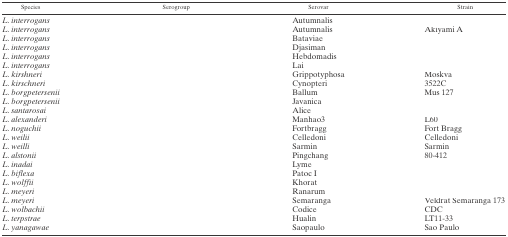
<table><thead><tr><td><b>Species</b></td><td><b>Serogroup</b></td><td><b>Serovar</b></td><td><b>Strain</b></td></tr></thead><tbody><tr><td><i>L. interrogans</i></td><td>[EMPTY_CELL]</td><td>Autumnalis</td><td>[EMPTY_CELL]</td></tr><tr><td><i>L. interrogans</i></td><td>[EMPTY_CELL]</td><td>Autumnalis</td><td>Akiyami A</td></tr><tr><td><i>L. interrogans</i></td><td>[EMPTY_CELL]</td><td>Bataviae</td><td>[EMPTY_CELL]</td></tr><tr><td><i>L. interrogans</i></td><td>[EMPTY_CELL]</td><td>Djasiman</td><td>[EMPTY_CELL]</td></tr><tr><td><i>L. interrogans</i></td><td>[EMPTY_CELL]</td><td>Hebdomadis</td><td>[EMPTY_CELL]</td></tr><tr><td><i>L. interrogans</i></td><td>[EMPTY_CELL]</td><td>Lai</td><td>[EMPTY_CELL]</td></tr><tr><td><i>L. kirshneri</i></td><td>[EMPTY_CELL]</td><td>Grippotyphosa</td><td>Moskva</td></tr><tr><td><i>L. kirschneri</i></td><td>[EMPTY_CELL]</td><td>Cynopteri</td><td>3522C</td></tr><tr><td><i>L. borgpetersenii</i></td><td>[EMPTY_CELL]</td><td>Ballum</td><td>Mus 127</td></tr><tr><td><i>L. borgpetersenii</i></td><td>[EMPTY_CELL]</td><td>Javanica</td><td>[EMPTY_CELL]</td></tr><tr><td><i>L. santarosai</i></td><td>[EMPTY_CELL]</td><td>Alice</td><td>[EMPTY_CELL]</td></tr><tr><td><i>L. alexanderi</i></td><td>[EMPTY_CELL]</td><td>Manhao3</td><td>L60</td></tr><tr><td><i>L. noguchii</i></td><td>[EMPTY_CELL]</td><td>Fortbragg</td><td>Fort Bragg</td></tr><tr><td><i>L. weilii</i></td><td>[EMPTY_CELL]</td><td>Celledoni</td><td>Celledoni</td></tr><tr><td><i>L. weilli</i></td><td>[EMPTY_CELL]</td><td>Sarmin</td><td>Sarmin</td></tr><tr><td><i>L. alstonii</i></td><td>[EMPTY_CELL]</td><td>Pingchang</td><td>80-412</td></tr><tr><td><i>L. inadai</i></td><td>[EMPTY_CELL]</td><td>Lyme</td><td>[EMPTY_CELL]</td></tr><tr><td><i>L. biflexa</i></td><td>[EMPTY_CELL]</td><td>Patoc I</td><td>[EMPTY_CELL]</td></tr><tr><td><i>L. wolffii</i></td><td>[EMPTY_CELL]</td><td>Khorat</td><td>[EMPTY_CELL]</td></tr><tr><td><i>L. meyeri</i></td><td>[EMPTY_CELL]</td><td>Ranarum</td><td>[EMPTY_CELL]</td></tr><tr><td><i>L. meyeri</i></td><td>[EMPTY_CELL]</td><td>Semaranga</td><td>Veldrat Semaranga 173</td></tr><tr><td><i>L. wolbachii</i></td><td>[EMPTY_CELL]</td><td>Codice</td><td>CDC</td></tr><tr><td><i>L. terpstrae</i></td><td>[EMPTY_CELL]</td><td>Hualin</td><td>LT11-33</td></tr><tr><td><i>L. yanagawae</i></td><td>[EMPTY_CELL]</td><td>Saopaulo</td><td>Sao Paulo</td></tr></tbody></table>